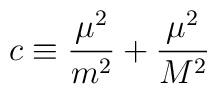
c\equiv\frac {\mu^2}{m^2}+\frac {\mu^2}{M^2}